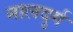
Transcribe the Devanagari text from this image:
नालदुर्ग